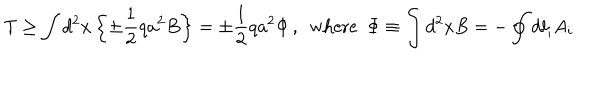
T \geq \int d ^ { 2 } x \left\{ \pm \frac { 1 } { 2 } q a ^ { 2 } B \right\} = \pm \frac { 1 } { 2 } q a ^ { 2 } \Phi \, , \, \, \, \textrm { w h e r e } \, \, \, \Phi \equiv \int d ^ { 2 } x B = - \oint d l _ { i } A _ { i }